Vital statistics of India. Vol. IV, Annual returns from 1871 to 1876. British Army of India, Native Army and jails of Bengal
Year: 1871
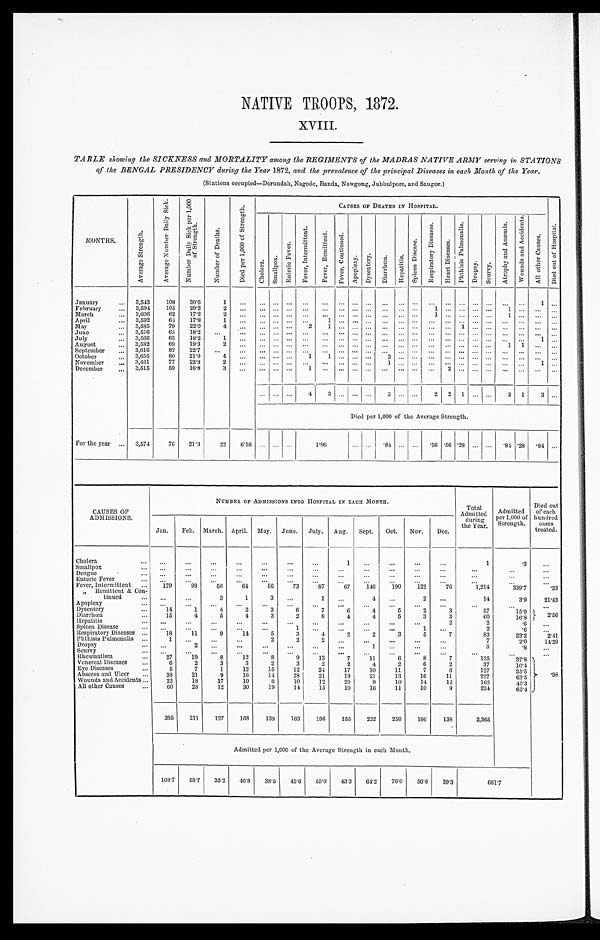
XVIII.
TABLE showing the SICKNESS and MORTALITY among the REGIMENTS of the MADRAS NATIVE ARMY serving in STATIONS
of the BENGAL PRESIDENCY during the Year 1872, and the prevalence of the principal Diseases in each Month of the Year.
(Stations occupied—Dorundah, Nagode, Banda, Nowgong, Jubbulpore, and Saugor.)
MONTHS.
A v e r a g e S t r e n g t h .
A v e r a g e N u m b e r D a i l y S i c k .
N u m b e r D a i l y S i c k p e r 1 , 0 0 0 o f S t r e n g t h .
N u m b e r o f D e a t h s .
D i e d p e r 1 , 0 0 0 o f S t r e n g t h .
CAUSES OF DEATHS IN HOSPITAL.
C h o l e r a .
S m a l l p o x .
E n t e r i c F e v e r .
F e v e r , I n t e r m i t t e n t .
F e v e r , R e m i t t e n t .
F e v e r , C o n t i n u e d .
A p o p l e x y .
D u s e n t e r y .
D i a r r h œ a .
H e p a t i t i s . S p l e e n D i s e a s e s .
R e s p i r a t o r y D i s e a s e s .
H e a r t D i s e a s e s .
P h t h i s i s P u l m o n a l i s .
D r o p s y .
S c u r v y .
A t r o p h y a n d A n æ m i a .
W o u n d s a n d A c c i d e n t s .
A l l o t h e r C a u s e s .
D i e d o u t o f H o s p i t a l .
January . . .
3,543
108
30.5
1
. . .
. . .
. . . . . .
. . .
. . . . . .
. . . . . .
. . .
. . . . . .
. . .
. . .
. . . . . .
. . .
. . .
. . .
1 . . .
3,594
105
29.2
2
. . .
. . . . . .
. . . . . .
. . .
. . .
. . . . . .
. . .
. . . . . .
1
. . .
. . . . . .
. . . 1
. . .
. . .
. . .
February . . .
March . . .
3,606
62
17.2
2
. . .
. . . . . . . . .
. . .
. . . . . .
. . .
. . . . . . . . . . . .
1
. . . . . . . . .
. . .
1 . . . . . .
. . .
3,592
64
17.8
1
. . .
. . . . . . . . .
. . .
1 . . .
. . .
. . . . . . . . . . . .
. . . . . . . . . . . .
. . .
. . .
. . .
. . .
. . .
April . . .
3,585
79
22.0
4
. . .
. . . . . . . . .
2
1
. . .
. . .
. . . . . . . . . . . .
. . . . . . 1
. . .
. . .
. . .
. . .
. . . . . .
May . . .
3,576
65
18.2
. . .
. . .
. . .
. . . . . . . . .
. . . . . .
. . . . . .
. . .
. . . . . .
. . .
. . . . . . . . .
. . .
. . .
. . .
. . . . . .
June . . .
3,566
65
18.2
1
. . .
. . . . . . . . .
. . .
. . . . . .
. . .
. . . . . . . . . . . . . . .
. . . . . . . . .
. . .
. . .
. . .
1 . . .
July . . .
3,582
69
19.3
2
. . .
. . . . . . . . .
. . .
. . . . . .
. . . . . .
. . .
. . . . . .
. . .
. . . . . . . . .
. . .
1 1
. . .
. . .
August . . .
3,616
82
22.7
. . .
. . . . . . . . . . . .
. . .
. . . . . .
. . . . . .
. . .
. . . . . .
. . .
. . . . . . . . .
. . .
. . .
. . .
. . . . . .
September . . .
3,655
80
21.9
4
. . . . . . . . . . . .
1
1 . . .
. . . . . .
2
. . . . . . . . .
. . . . . . . . .
. . .
. . .
. . .
. . .
. . .
October . . .
November . . .
3,461
77
22.3
2
. . .
. . . . . . . . .
. . .
. . . . . .
. . . . . .
1
. . . . . . . . .
. . . . . . . . .
. . . . . . . . .
1
. . .
3,515
59
16.8
3
. . .
. . . . . . . . .
1
. . . . . .
. . . . . .
. . .
. . .
. . .
. . .
2
. . . . . .
. . .
. . .
. . .
. . . . . .
December . . .
. . .
. . . . . .
4 3
. . . . . .
. . . 3
. . . . . .
2 2 1
. . .
. . . 3 1
3
. . .
Died per 1,000 of the Average Strength.
For the year . . .
3,574
76
21.3
22
6.16
. . . . . . . . .
1 . 9 6
. . . . . .
. 84 . . . . . . .56 .56 .28 . . .
. . .
. 8 4 .28
. 8 4 . . .
CAUSES OF
ADMISSIONS.
NUMBER OF ADMISSIONS INTO HOSPITAL IN EACH MONTH.
Total
Admitted
during
the Year.
Admitted
per 1,000 of
Strength.
Died out
of each
hundred
cases
treated.
Jan.
Feb. March. April. May. June. July. Aug. Sept. Oct. Nov.
Dec.
Cholera . . .
. . .
. . .
. . .
. . .
. . .
. . .
. . .
1
. . .
. . .
. . .
. . .
1
. 3
. . .
Smallpox . . .
. . .
. . .
. . .
. . .
. . .
. . .
. . .
. . . . . .
. . .
. . .
. . .
. . .
. . .
. . .
Dengue . . .
. . .
. . .
. . .
. . .
. . .
. . .
. . .
. . .
. . .
. . .
. . .
. . .
. . .
. . .
. . .
Enteric Fever . . .
. . .
. . .
. . .
. . .
. . .
. . .
. . .
. . .
. . .
. . .
. . .
. . .
. . .
. . .
. . .
Fever, Intermittent . . .
179
98
56
64
56
73
87
67
146
190
122
76
1,214
339.7
.33
" Remittent & Con
-tinued . . .
. . .
. . .
3
1
3
. . .
1
. . .
4
. . .
2
. . .
14
3.9
21.43
Apoplexy . . .
. . .
. . .
. . .
. . .
. . .
. . .
. . .
. . .
. . .
. . .
. . .
. . .
. . .
. . .
. . .
Dysentery . . .
1 4
1
4
2
3
6
7
6
4
5
2
3
57
15.9
2.56
Diarrhœa . . .
15
4
5
4
3
2
8
4
4
5
3
3
60
16.8
Hepatitis . . .
. . .
. . . . . .
. . .
. . .
. . .
. . .
. . .
. . .
. . .
. . .
2
2
. 6
. . .
Spleen Diseas . . .
. . .
. . .
. . .
. . .
. . .
1
. . .
. . .
. . .
. . .
1
. . .
2
. 6
. . .
Respiratory Diseases . . .
18
11
9
14
5
3
4
2
2
3
5
7
83
23.2
2.41
Phthisis Pulmonalis . . .
1
. . . . . .
. . .
2
2
2
. . .
. . .
. . .
. . .
. . .
7
14.29
2.0
Dropsy . . .
. . .
2
. . .
. . .
. . .
. . .
. . .
. . .
1
. . .
. . .
. . .
3
.8
. . .
Scurvy . . .
. . .
. . .
. . .
. . .
. . .
. . .
. . .
. . .
. . .
. . .
. . .
. . .
. . .
. . .
. . .
Rheumatism . . .
2 7
19
8
12
8
9
13
7
11
6
8
7
135
3 7 . 8
. 9 8
Venereal Diseases . . .
6
2
3
3
2
3
2
2
4
2
6
2
37
10.4
Eye Diseases . . .
5
7
1
12
15
12
24
17
10
11
7
6
127
3 5 . 5
Abscess and Ulcer . . .
38
21
9
16
14
28
21
19
21
13
16
11
227
63.5
Wounds and Accidents . . .
22
18
17
10
8
10
12
20
9
10
14
12
162
45.3
All other Causes . . .
60
28
12
30
19
14
15
10
16
11
10
9
234
65.4
385
211
127
168
138
163
196
155
232
256
196
138
2,365
Admitted per 1,000 of the Average Strength in each Month.
108.7 58.7 35.2 46.8 38.5 45.6
55.0 43.3 64.2
70.0 56.6 39.3
661.7